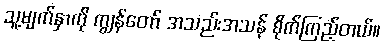
သူ့မျက်နှာကို ကျွန်တော် အသည်းအသန် စိုက်ကြည့်တယ်။